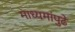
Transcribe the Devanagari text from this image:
माध्यमांपुढे